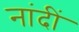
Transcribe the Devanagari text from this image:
नांदीं